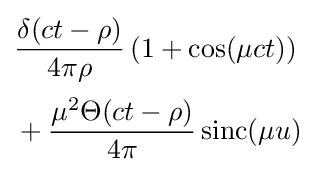
{\begin{aligned}&{\frac {\delta (ct-\rho )}{4\pi \rho }}\left(1+\cos(\mu ct)\right)\\[0.5ex]&+{\frac {\mu ^{2}\Theta (ct-\rho )}{4\pi }}\operatorname {sinc} (\mu u)\end{aligned}}